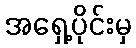
အရှေ့ပိုင်းမှ